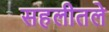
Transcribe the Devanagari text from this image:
सहलीतले